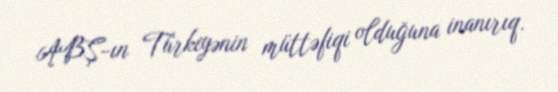
ABŞ-ın Türkiyənin müttəfiqi olduğuna inanırıq.